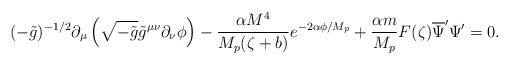
\begin{align*}(-\tilde{g})^{-1/2}\partial_{\mu}\left(\sqrt{-\tilde{g}}\tilde{g}^{\mu\nu}\partial_{\nu}\phi \right)-\frac{\alpha M^{4}}{M_{p}(\zeta +b)}e^{-2\alpha\phi/M_{p}}+\frac{\alpha m}{M_{p}}F(\zeta)\overline{\Psi}^{\prime}\Psi^{\prime}=0.\end{align*}